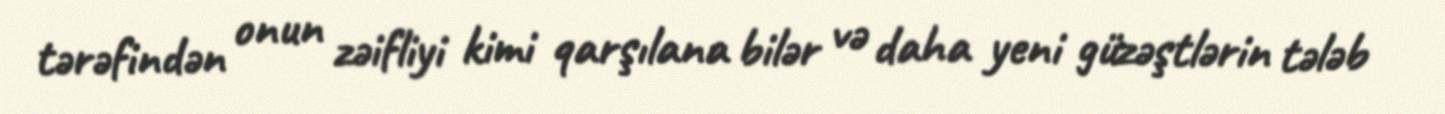
tərəfindən onun zəifliyi kimi qarşılana bilər və daha yeni güzəştlərin tələb